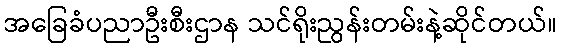
အခြေခံပညာဦးစီးဌာန သင်ရိုးညွန်းတမ်းနဲ့ဆိုင်တယ်။